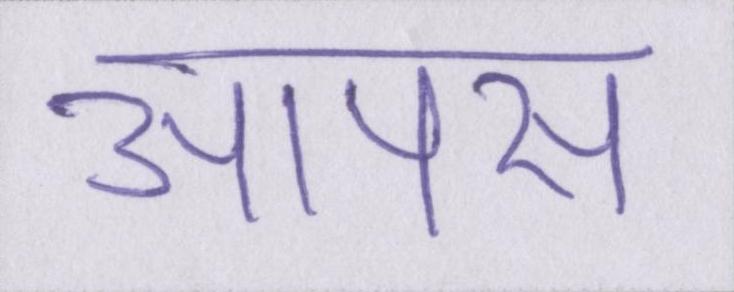
आपस